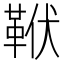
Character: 𩊙